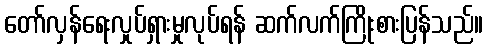
တော်လှန်ရေးလှုပ်ရှားမှုလုပ်ရန် ဆက်လက်ကြိုးစားပြန်သည်။